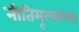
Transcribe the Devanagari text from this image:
नीतिमूल्यांच्या